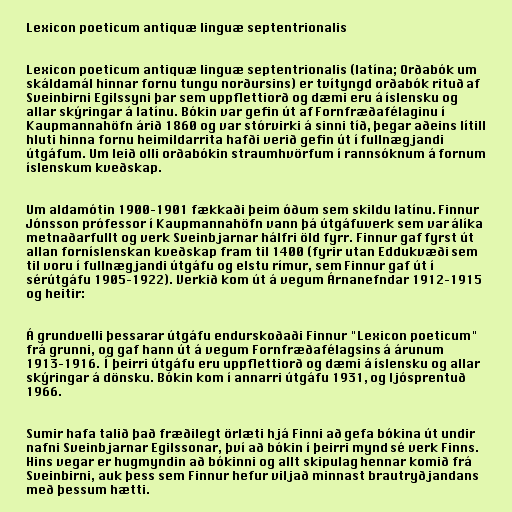
Lexicon poeticum antiquæ linguæ septentrionalis

Lexicon poeticum antiquæ linguæ septentrionalis (latína; Orðabók um
skáldamál hinnar fornu tungu norðursins) er tvítyngd orðabók rituð af
Sveinbirni Egilssyni þar sem uppflettiorð og dæmi eru á íslensku og
allar skýringar á latínu. Bókin var gefin út af Fornfræðafélaginu í
Kaupmannahöfn árið 1860 og var stórvirki á sinni tíð, þegar aðeins lítill
hluti hinna fornu heimildarrita hafði verið gefin út í fullnægjandi
útgáfum. Um leið olli orðabókin straumhvörfum í rannsóknum á fornum
íslenskum kveðskap.

Um aldamótin 1900–1901 fækkaði þeim óðum sem skildu latínu. Finnur
Jónsson prófessor í Kaupmannahöfn vann þá útgáfuverk sem var álíka
metnaðarfullt og verk Sveinbjarnar hálfri öld fyrr. Finnur gaf fyrst út
allan forníslenskan kveðskap fram til 1400 (fyrir utan Eddukvæði sem
til voru í fullnægjandi útgáfu og elstu rímur, sem Finnur gaf út í
sérútgáfu 1905–1922). Verkið kom út á vegum Árnanefndar 1912–1915
og heitir:

Á grundvelli þessarar útgáfu endurskoðaði Finnur "Lexicon poeticum"
frá grunni, og gaf hann út á vegum Fornfræðafélagsins á árunum
1913–1916. Í þeirri útgáfu eru uppflettiorð og dæmi á íslensku og allar
skýringar á dönsku. Bókin kom í annarri útgáfu 1931, og ljósprentuð
1966.

Sumir hafa talið það fræðilegt örlæti hjá Finni að gefa bókina út undir
nafni Sveinbjarnar Egilssonar, því að bókin í þeirri mynd sé verk Finns.
Hins vegar er hugmyndin að bókinni og allt skipulag hennar komið frá
Sveinbirni, auk þess sem Finnur hefur viljað minnast brautryðjandans
með þessum hætti.